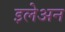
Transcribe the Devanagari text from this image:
इलेअन